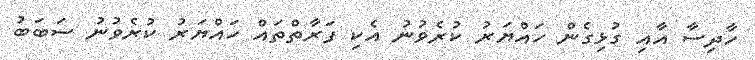
ހާދިސާ އާއި ގުޅިގެން ހައްޔަރު ކުރެވުނު އެކި ފަރާތްތައް ހައްޔަރު ކުރެވުނު ސަބަބު